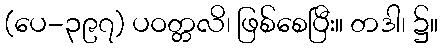
(ပေ-၃၉၇) ပဝတ္တလိ၊ ဖြစ်စေပြီး။ တဒါ၊ ၌။